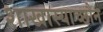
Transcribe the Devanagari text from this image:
शाखास्याच्छौन